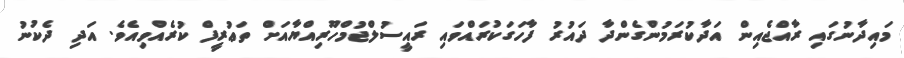
މައިދާނުގައި ރާއްޖެއިން އަދާކުރަމުންގެންދާ ދައުރު ފާހަގަކުރައްވައި ރައީސުލްޖުމްހޫރިއްޔާއަށް ތަޢުރީފް ކުރެއްވިއެވެ. އަދި ދެކުނު